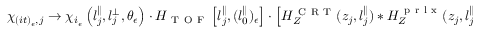
\begin{array} { r } { \chi _ { ( i t ) _ { \epsilon } , j } \rightarrow \chi _ { i _ { \epsilon } } \left( l _ { j } ^ { \parallel } , l _ { j } ^ { \perp } , \theta _ { \epsilon } \right) \cdot H _ { \mathrm { ~ T ~ O ~ F ~ } } \left[ l _ { j } ^ { \parallel } , ( l _ { 0 } ^ { \parallel } ) _ { \epsilon } \right] \cdot \left[ H _ { Z } ^ { \mathrm { ~ C ~ R ~ T ~ } } ( z _ { j } , l _ { j } ^ { \parallel } ) * H _ { Z } ^ { \mathrm { ~ p ~ r ~ l ~ x ~ } } ( z _ { j } , l _ { j } ^ { \parallel } , i _ { \epsilon } , \theta _ { \epsilon } ) \right] . } \end{array}